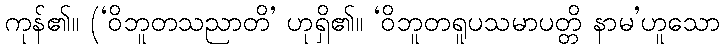
ကုန်၏။ (‘ဝိဘူတသညာတိ’ ဟုရှိ၏။ ‘ဝိဘူတရူပသမာပတ္တိ နာမ’ဟူသော